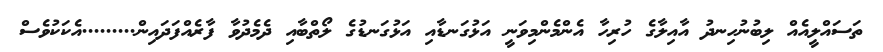
ތަސައްލީއެއް ލިބުނުހިނދު އާއިލާގެ ހުރިހާ އެންމެންމިވަނީ އަޅުގަނޑާއި އަޅުގަނޑުގެ ލޯތްބާއި ދެމެދުވާ ފާރެއްފަދައިން.........އެކަކުވެސް